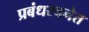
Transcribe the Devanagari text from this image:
प्रबंधरचनेत